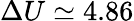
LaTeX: \Delta U\simeq 4.86